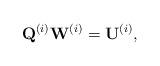
LaTeX: \begin{align*}\mathbf{Q}^{\left(i\right)}\mathbf{W}^{\left(i\right)}=\mathbf{U}^{\left(i\right)},\end{align*}